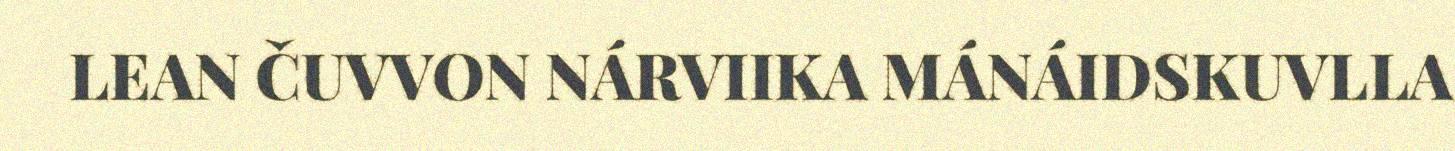
LEAN ČUVVON NÁRVIIKA MÁNÁIDSKUVLLA